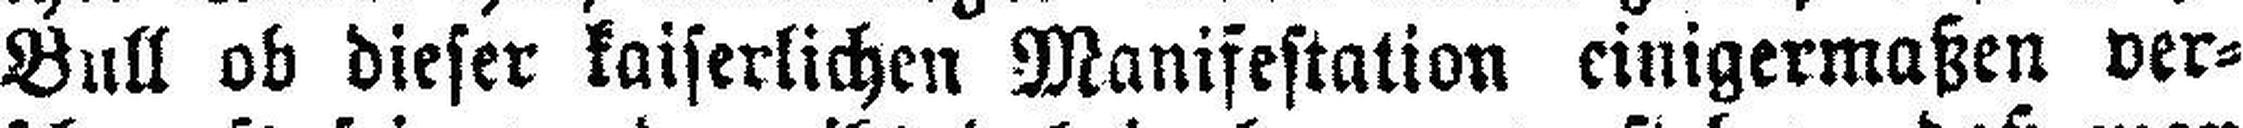
Bull ob dieser kaiserlichen Manifestation einigermaßen ver¬